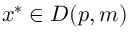
x ^ { * } \in D ( p , m )